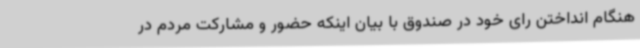
هنگام انداختن رای خود در صندوق با بیان اینکه حضور و مشارکت مردم در